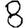
Digit: 8